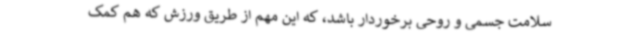
سلامت جسمی و روحی برخوردار باشد، که این مهم از طریق ورزش که هم کمک